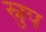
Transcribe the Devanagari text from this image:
स्नुप